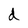
Character: d